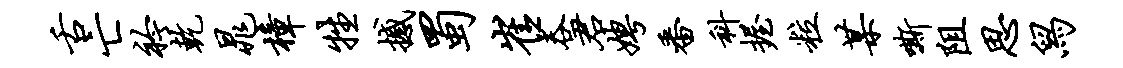
舌亡衿乾晁樟牲撼蜀崔吞君娉番科握粒某嘶阻思舄